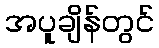
အပူချိန်တွင်